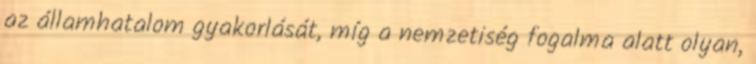
az államhatalom gyakorlását, míg a nemzetiség fogalma alatt olyan,